Malarial fevers
Disease focus: Malaria
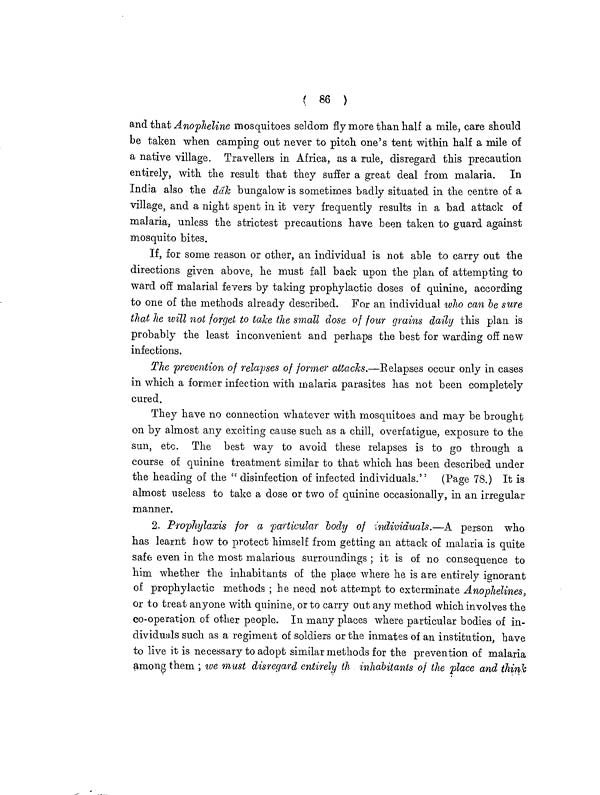
{ 86 )
and that Anopheline mosquitoes seldom fly more than half a mile, care should
be taken when camping out never to pitch one's tent within half a mile of
a native village. Travellers in Africa, as a rule, disregard this precaution
entirely, with the result that they suffer a great deal from malaria. In
India also the ddk bungalow is sometimes badly situated in the centre of a
village, and a night spent in it very frequently results in a bad attack of
malaria, unless the strictest precautions have been taken to guard against
mosquito bites.
If, for some reason or other, an individual is not able to carry out the
directions given above, he must fall back upon the plan of attempting to
ward of! malarial fevers by taking prophylactic doses of quinine, according
to one of the methods already described. For an individual who can be sure
that he will not forget to take the small close of four grains daily this plan is
probably the least inconvenient and perhaps the best for warding of! new
infections.
The prevention of relapses of former attacks.—Relapses occur only in cases
in which a former infection with malaria parasites has not been completely
cured.
They have no connection whatever with mosquitoes and may be brought
on by almost any exciting cause such as a chill, overfatigue, exposure to the
sun, etc. The best way to avoid these relapses is to go through a
course of quinine treatment similar to that which has been described under
the heading of the " disinfection of infected individuals." (Page 78.) It is
almost useless to take a dose or two of quinine occasionally, in an irregular
manner.
2. Prophylaxis for a particular body of individuals.—A person who
has learnt how to protect himself from getting an attack of malaria is quite
safe even in the most malarious surroundings ; it is of no consequence to
him whether the inhabitants of the place where he is are entirely ignorant
of prophylactic methods ; he need not attempt to exterminate Anophelines,
or to treat anyone with quinine, or to carry out any method which involves the
co-operation of other people. In many places where particular bodies of in-
dividuals such as a regiment of soldiers or the inmates of an institution, have
to live it is necessary to adopt similar methods for the prevention of malaria
among them ; we must disregard entirely th inhabitants of the place and think